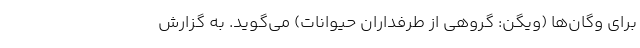
برای وگان‌ها‌ (ویگن: گروهی از طرفداران حیوانات) می‌گوید. به گزارش